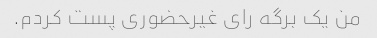
من یک برگه رای غیرحضوری پست کردم.